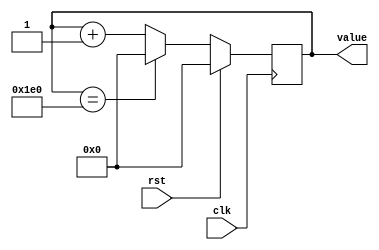
/*
   This file was generated automatically by Alchitry Labs version 1.2.7.
   Do not edit this file directly. Instead edit the original Lucid source.
   This is a temporary file and any changes made to it will be destroyed.
*/

/*
   Parameters:
     SIZE = 10
     DIV = 0
     TOP = 480
     UP = 1
*/
module counter_11 (
    input clk,
    input rst,
    output reg [9:0] value
  );
  
  localparam SIZE = 4'ha;
  localparam DIV = 1'h0;
  localparam TOP = 9'h1e0;
  localparam UP = 1'h1;
  
  
  reg [9:0] M_ctr_d, M_ctr_q = 1'h0;
  
  localparam MAX_VALUE = 9'h1e0;
  
  always @* begin
    M_ctr_d = M_ctr_q;
    
    value = M_ctr_q;
    if (1'h1) begin
      M_ctr_d = M_ctr_q + 1'h1;
      if (1'h1 && M_ctr_q == 9'h1e0) begin
        M_ctr_d = 1'h0;
      end
    end else begin
      M_ctr_d = M_ctr_q - 1'h1;
      if (1'h1 && M_ctr_q == 1'h0) begin
        M_ctr_d = 9'h1e0;
      end
    end
  end
  
  always @(posedge clk) begin
    if (rst == 1'b1) begin
      M_ctr_q <= 1'h0;
    end else begin
      M_ctr_q <= M_ctr_d;
    end
  end
  
endmodule